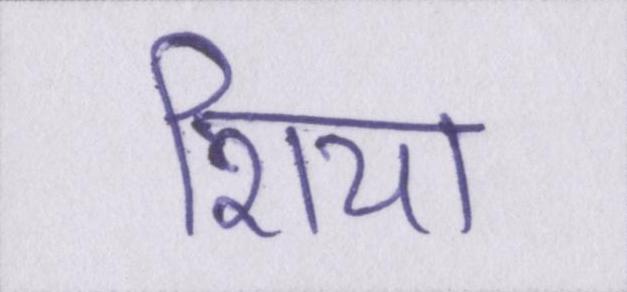
शिया